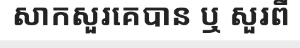
សាកសួរគេបាន ឬ សួរពី